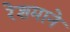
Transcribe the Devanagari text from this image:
रेशमाने